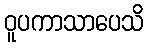
ဝူပကာသာပေသိ